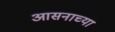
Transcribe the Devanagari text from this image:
आसनाच्या